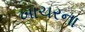
ખાચરના